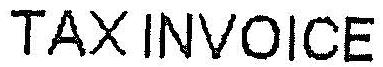
TAX INVOICE